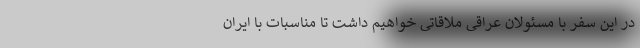
در این سفر با مسئولان عراقی ملاقاتی خواهیم داشت تا مناسبات با ایران